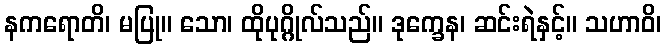
နကရောတိ၊ မပြု။ သော၊ ထိုပုဂ္ဂိုလ်သည်။ ဒုက္ခေန၊ ဆင်းရဲနှင့်။ သဟာဝိ၊